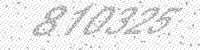
Solution: 810325